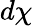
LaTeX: d\chi